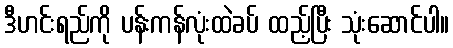
ဒီဟင်းရည်ကို ပန်းကန်လုံးထဲခပ် ထည့်ပြီး သုံးဆောင်ပါ။